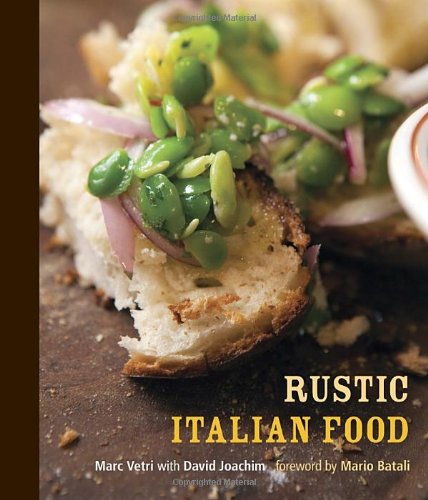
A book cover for Rustic Italian Food; Marc Vetri; Cookbooks, Food & Wine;